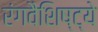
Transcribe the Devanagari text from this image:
रंगवैशिष्ट्ये